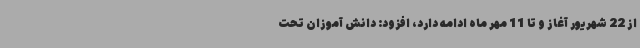
از 22 شهریور آغاز و تا 11 مهر ماه ادامه دارد، افزود: دانش آموزان تحت